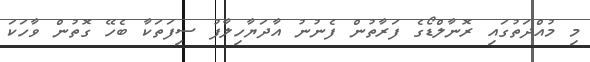
މި މުއްދަތުގައި ރޮނާލްޑޯގެ ފަރާތުން ފެނުނު އާދަޔާހިލާފު ސިފަތަކާ ބެހޭ ގޮތުން ވާހަކަ